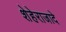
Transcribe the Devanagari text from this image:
शेहेराजादे